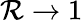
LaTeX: \mathcal{R}\rightarrow1